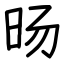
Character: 旸